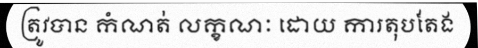
ត្រូវបាន កំណត់ លក្ខណៈ ដោយ ការតុបតែង